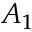
A _ { 1 }